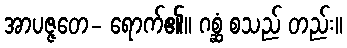
အာပဇ္ဇတေ- ရောက်၏။ ဂစ္ဆံ စသည် တည်း။